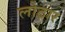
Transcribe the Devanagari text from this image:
लोठार